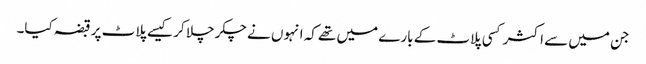
جن میں سے اکثر کسی پلاٹ کے بارے میں تھے کہ انہوں نے چکر چلا کر کیسے پلاٹ پر قبضہ کیا۔